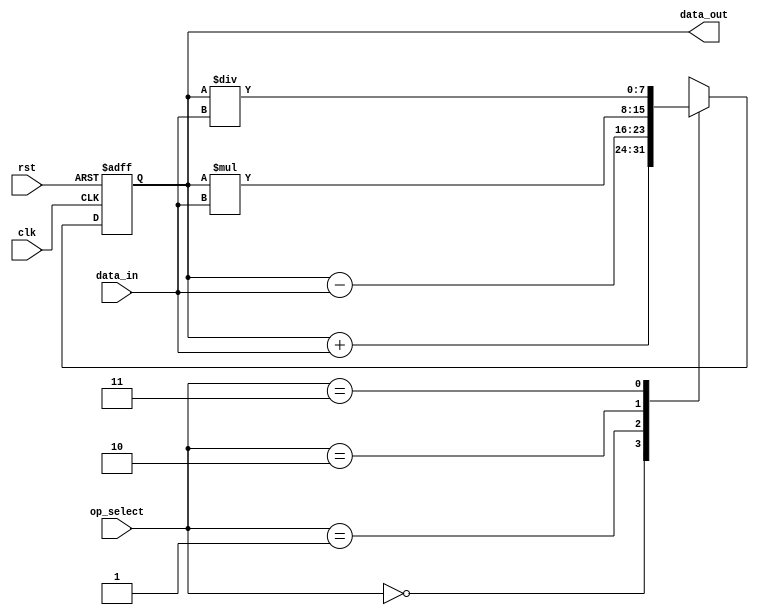
module accumulator (
    input wire clk,
    input wire rst,
    input wire [7:0] data_in,
    input wire [1:0] op_select,
    output wire [7:0] data_out
    );
    
    reg [7:0] accumulator_reg;
    
    always @(posedge clk or posedge rst) begin
        if (rst) begin
            accumulator_reg <= 8'b0;
        end else begin
            case (op_select)
                2'b00: accumulator_reg <= accumulator_reg + data_in;  // Addition
                2'b01: accumulator_reg <= accumulator_reg - data_in;  // Subtraction
                2'b10: accumulator_reg <= accumulator_reg * data_in;  // Multiplication
                2'b11: accumulator_reg <= accumulator_reg / data_in;  // Division
                default: accumulator_reg <= accumulator_reg;
            endcase
        end
    end
    
    assign data_out = accumulator_reg;
    
endmodule